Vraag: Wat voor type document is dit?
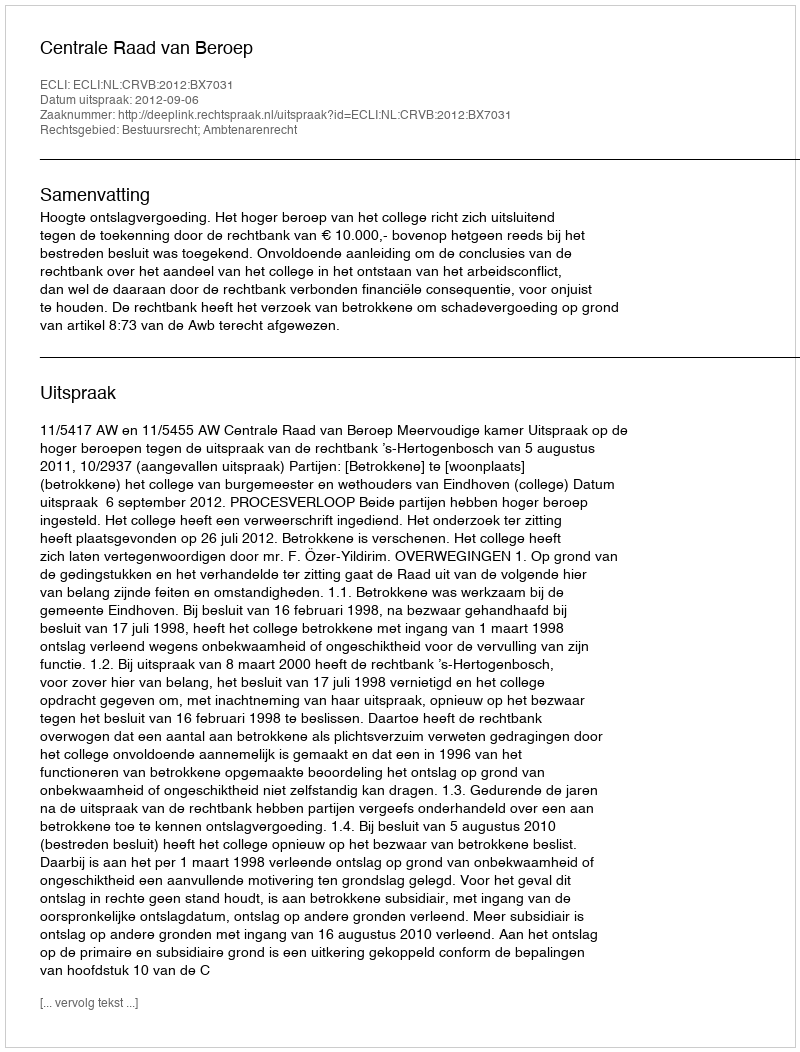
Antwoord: Uitspraak